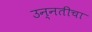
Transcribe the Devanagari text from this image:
उन्नतीचा